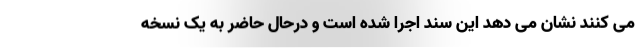
می کنند نشان می دهد این سند اجرا شده است و درحال حاضر به یک نسخه